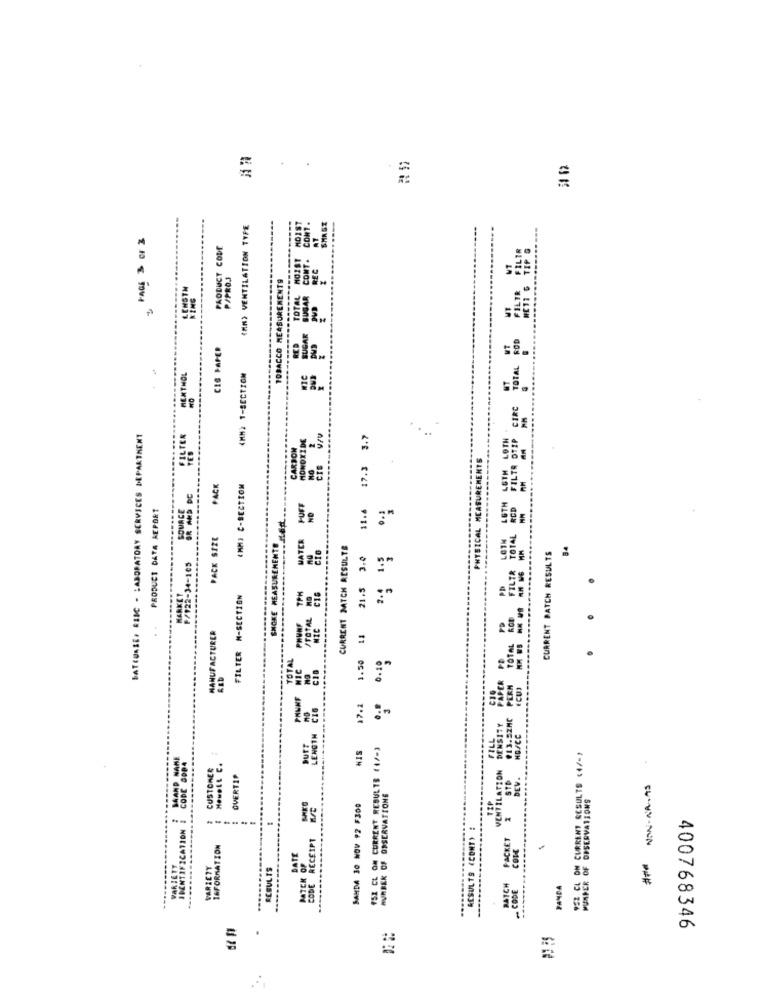
(MM) VENTILATION TYPE
PRODUCT CODE
P/PROJ
TOBACCO MEASUREMENTS
LEHSTM
CIG PAPER
ela.
MENTHOL
(MM) 1-SECTION
BATCURSE, RISC - LABORATORY SERVICES DEPARTMENT
FILTER
MONOXIDE
17.3 3.7
CARBON
PHYSICAL MEASUREMENTS
PACK
(MM) C-SECTION
OR AND DE
PRODUCT DATA REPORT
WATER PUFF
="
PACK SIZE
SMOKE MEASUREMENTS
CURRENT MATCH RESULTS
CURRENT BATCH RESULTS
84
F/922-34-165
1.50 11 21.5 3.0
FILTER M-SECTION
MANUFACTURER
.----
RED
PLEN
CUI
PRAKT
17.2
#13.52NC
DENSITY
FILL
HD/CC
NIS
152 CL OM CURRENT RESULTS (4/-)
CODE BOB4
SEI CL ON CURRENT RESULTS (4/-)
CUSTOMER
VENTILATION
SAND
OVERTIP
STD
BEK OF OBSERVATIONS
NAN - NR. AS
FOPSERVATIONS
SAMDA 30 NOV 92 F300
IDENTIFICATION
is
ACSULTS (CONT) :
RECEIPT
PACKET
INFORMATION
COME
DATE
VARIETY
VARIETY
ECBULTS
.........
PATER
BATCH
CODE
PANDA
400768346